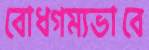
বোধগম্যভাবে